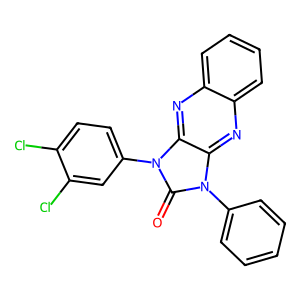
SMILES: O=c1n(-c2ccccc2)c2nc3ccccc3nc2n1-c1ccc(Cl)c(Cl)c1
Inhibits HIV replication: No